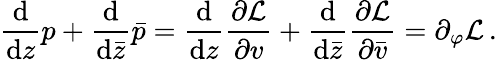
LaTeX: \frac{\mathrm{d}}{\mathrm{d}z}p+\frac{\mathrm{d}}{\mathrm{d}\bar{z}}\bar{p}=\frac{\mathrm{d}}{\mathrm{d}z}\frac{\partial{\cal L}}{\partial v}+\frac{\mathrm{d}}{\mathrm{d}\bar{z}}\frac{\partial{\cal L}}{\partial\bar{v}}=\partial_{\varphi}{\cal L}\, .